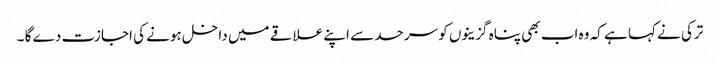
ترکی نے کہا ہے کہ وہ اب بھی پناہ گزینوں کو سرحد سے اپنے علاقے میں داخل ہونے کی اجازت دے گا ۔